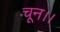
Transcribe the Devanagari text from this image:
चून।।